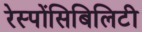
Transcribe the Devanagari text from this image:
रेस्पोंसिबिलिटी